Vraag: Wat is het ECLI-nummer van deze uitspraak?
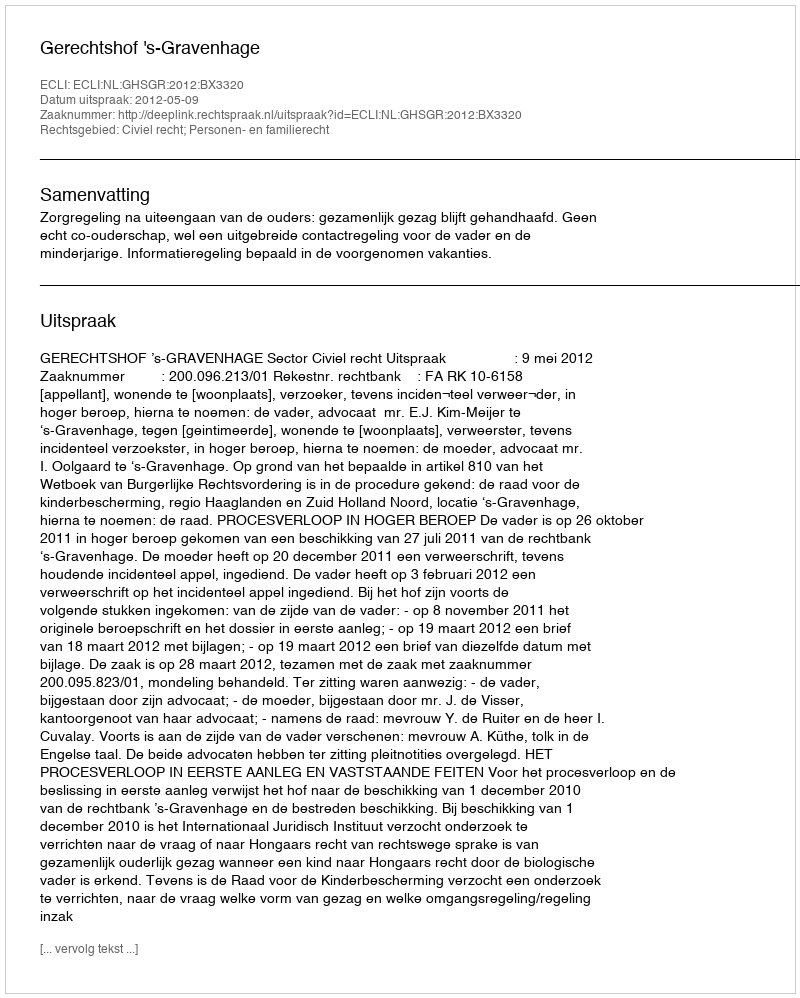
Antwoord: ECLI:NL:GHSGR:2012:BX3320